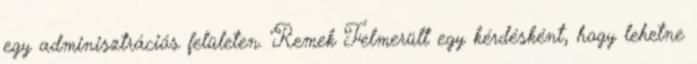
egy adminisztrációs felületen. Remek Felmerült egy kérdésként, hogy lehetne